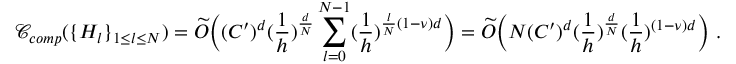
\mathcal { C } _ { c o m p } ( \{ H _ { l } \} _ { 1 \leq l \leq N } ) = \widetilde { O } \Big ( ( C ^ { \prime } ) ^ { d } ( \frac { 1 } { h } ) ^ { \frac { d } { N } } \sum _ { l = 0 } ^ { N - 1 } ( \frac { 1 } { h } ) ^ { \frac { l } { N } ( 1 - \nu ) d } \Big ) = \widetilde { O } \Big ( N ( C ^ { \prime } ) ^ { d } ( \frac { 1 } { h } ) ^ { \frac { d } { N } } ( \frac { 1 } { h } ) ^ { ( 1 - \nu ) d } \Big ) \ .